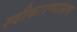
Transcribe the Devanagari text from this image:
स्वीकारण्यासच